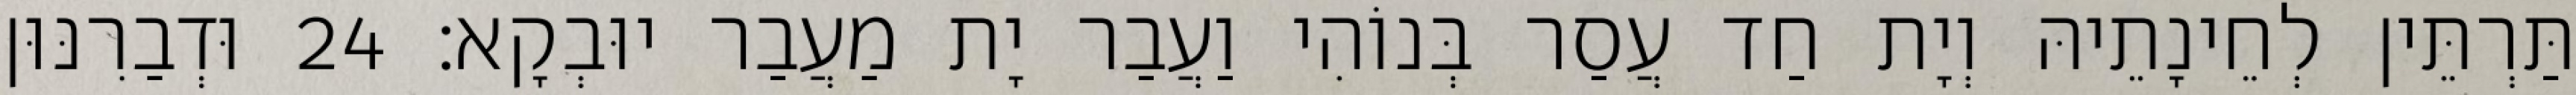
תַּרְתֵּין לְחֵינָתֵיהּ וְיָת חַד עֲסַר בְּנוֹהִי וַעֲבַר יָת מַעֲבַר יוּבְקָא׃ 24 וּדְבַרִנּוּן